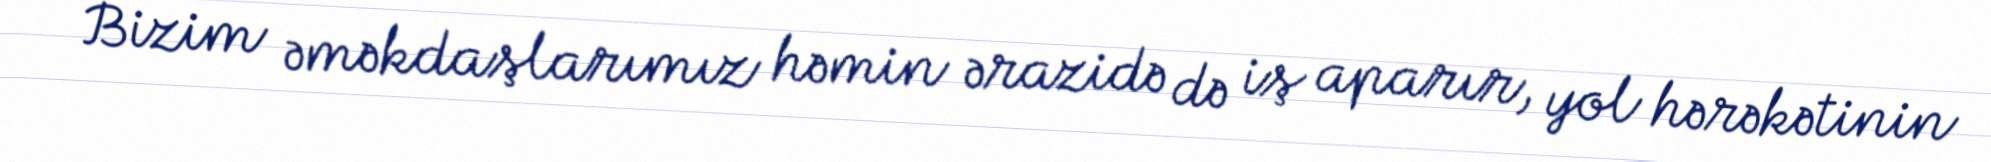
Bizim əməkdaşlarımız həmin ərazidə də iş aparır, yol hərəkətinin